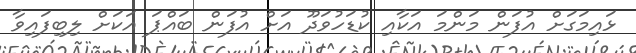
ޅައިމަގަށް އުފަން މަންމަ އަކާއި ކުޑަހުވަދޫ އަށް އުފަން ބައްޕަ އަކަށް ލިބިފައިވާ